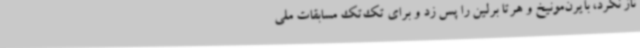
ناز نکرد، بایرن‌مونیخ و هرتا برلین را پس زد و برای تک‌تک مسابقات ملی